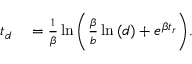
\begin{array} { r l } { t _ { d } } & { { } = \frac { 1 } { \beta } \ln { \bigg ( \frac { \beta } { b } \ln { ( d ) } + e ^ { \beta t _ { r } } \bigg ) } . } \end{array}